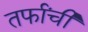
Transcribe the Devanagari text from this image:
तर्फांची